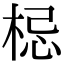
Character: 梞